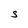
Character: S